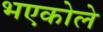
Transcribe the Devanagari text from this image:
भएकोले